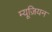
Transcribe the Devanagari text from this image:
म्यूज़ियन